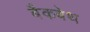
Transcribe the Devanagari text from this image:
बैकबेथ